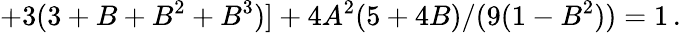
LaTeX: +3(3+B+B^{2}+B^{3})]+4A^{2}(5+4B)/(9(1-B^{2}))=1\, .